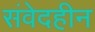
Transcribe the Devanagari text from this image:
संवेदहीन